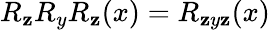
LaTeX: R_{\mathbf{z}}R_{y}R_{\mathbf{z}}(x)=R_{\mathbf{z}y\mathbf{z}}(x)